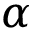
\alpha